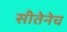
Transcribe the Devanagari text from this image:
सीतेनेच